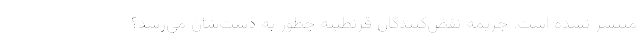
منتشر نشده است. جریمه نقض‌کنندگان قرنطینه چطور به دست‌شان می‌رسد؟